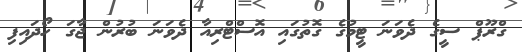
ގްރޫޕް ސީގެ ދެވަނަ ޓީމުގެ ގޮތުގައި އޮސްޓްރިއާ ދެވަނަ ބުރުން ޖާގަ ހޯދައިފި